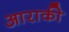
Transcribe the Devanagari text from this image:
आराकी